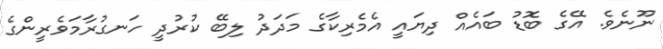
ނޫނެވެ. އޭގެ ބޮޑު ބައެއް ދިޔައީ އެމެރިކާގެ މަދަދު ލިބޭ ކުރުދީ ހަނގުރާމަވެރީންގެ